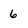
Character: 6